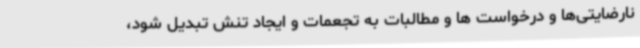
نارضایتی‌ها و درخواست ها و مطالبات به تجعمات و ایجاد تنش تبدیل شود،